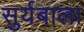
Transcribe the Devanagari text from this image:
सुर्यबाला